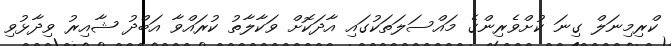
ކްރިމިނަލް ގިނަ ކުށްވެރިންގެ މައްސަލަތަކުގައި އާދަކޮށް ވަކާލާތު ކުރައްވާ އަބްދު ޝާއިރު ވިދާޅުވި